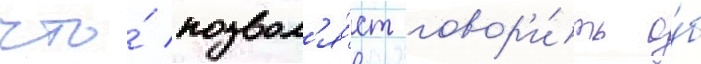
что́ позвол'я́ет говор'и́ть о́б